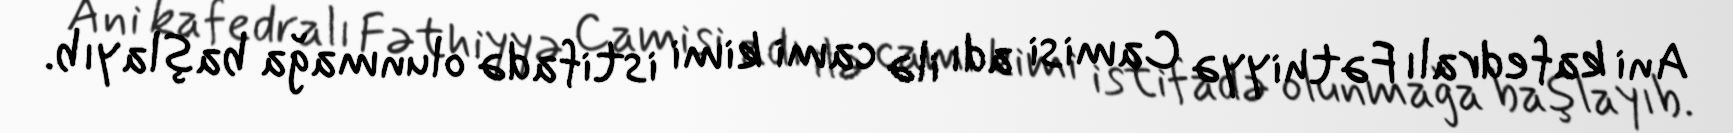
Ani kafedralı Fəthiyyə Camisi adı ilə cami kimi istifadə olunmağa başlayıb.